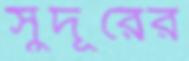
সুদূরের